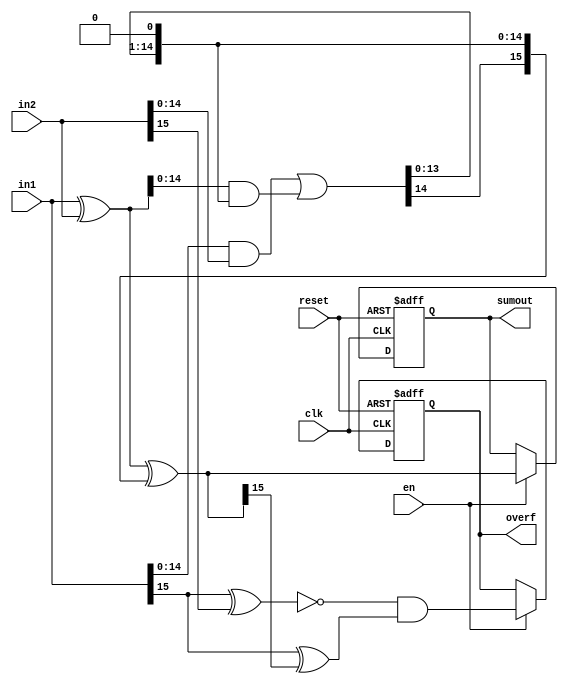
module cla16(sumout,overf,in1,in2,en,clk,reset);

/*-------carry look ahead adder--------*/

input [15:0]in1;
input [15:0]in2;
input en;
input clk;
input reset;

output [15:0]sumout;
output reg overf;

reg [15:0]sumout;
wire [15:0]p;
wire [14:0]g;
wire [15:0]carout;
wire [15:0]sumtmp;

assign p=in1^in2;
assign g=in1[14:0]&in2[14:0];
assign carout[0]=0;
assign carout[15:1]=g[14:0]|p[14:0]&carout[14:0];
assign sumtmp=p[15:0]^carout[15:0];
//assign overf=~(in1[15]^in2[15])&(in1[15]^sumtmp[15]);

always@(posedge clk or negedge reset)
begin
	if(reset==0)
	begin
		sumout<=0;
		overf<=0;//them
	end
	else
	begin
		if(en==1)
		begin
			sumout<=sumtmp;
			overf<=~(in1[15]^in2[15])&(in1[15]^sumtmp[15]);//them
		end
	end
end
endmodule